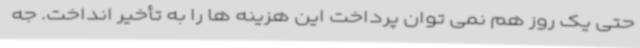
حتی یک روز هم نمی توان پرداخت این هزینه ها را به تأخیر انداخت. جه